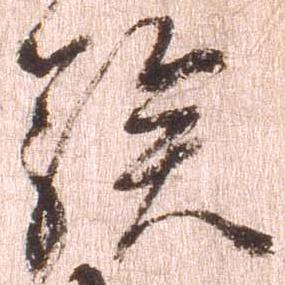
族